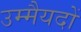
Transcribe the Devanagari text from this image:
उम्मैयदों